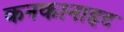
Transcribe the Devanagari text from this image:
कनकानाहट